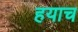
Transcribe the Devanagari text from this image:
हयाच